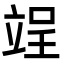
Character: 𮄰